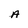
Character: A